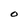
Character: O